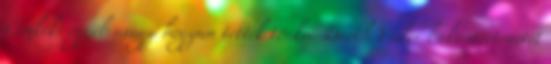
Címkék: egyéb avagy hogyan tették tönkre Darth Vader bukástörténetét